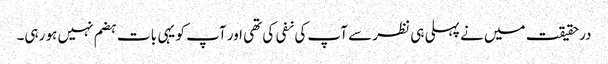
درحقیقت میں نے پہلی ہی نظر سے آپ کی نفی کی تھی اور آپ کو یہی بات ہضم نہیں ہو رہی۔